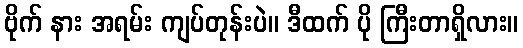
ဗိုက် နား အရမ်း ကျပ်တုန်းပဲ။ ဒီထက် ပို ကြီးတာရှိလား။